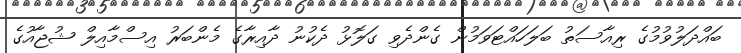
ބައްދަލުވުމުގެ ރިއާސަތު ބަލަހައްޓަވަމުން ގެންދެވި ގަލޮޅު ދެކުނު ދާއިރާގެ މެންބަރު އިސްމާއިލް ޝުޖާއުގެ